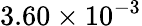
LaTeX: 3.60\times 10^{-3}